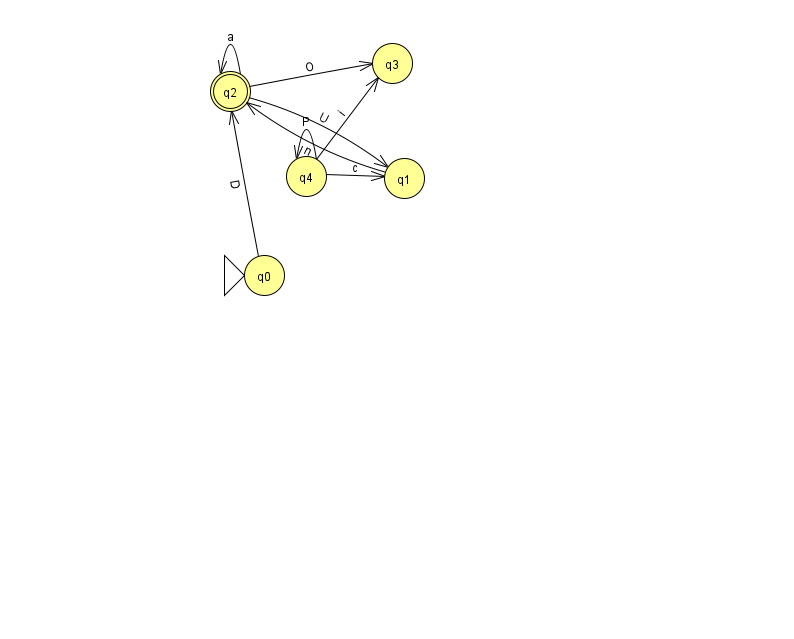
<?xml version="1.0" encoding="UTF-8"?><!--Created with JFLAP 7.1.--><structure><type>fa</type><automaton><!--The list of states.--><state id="0" name="q0"><x>264.0</x><y>262.0</y><initial/></state><state id="1" name="q1"><x>404.0</x><y>165.0</y></state><state id="2" name="q2"><x>230.0</x><y>78.0</y><final/></state><state id="3" name="q3"><x>392.0</x><y>50.0</y></state><state id="4" name="q4"><x>306.0</x><y>163.0</y></state><!--The list of transitions.--><transition><from>4</from><to>4</to><read>P</read></transition><transition><from>2</from><to>2</to><read>a</read></transition><transition><from>2</from><to>3</to><read>O</read></transition><transition><from>4</from><to>3</to><read>i</read></transition><transition><from>1</from><to>2</to><read>n</read></transition><transition><from>0</from><to>2</to><read>D</read></transition><transition><from>2</from><to>1</to><read>U</read></transition><transition><from>4</from><to>1</to><read>c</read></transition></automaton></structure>